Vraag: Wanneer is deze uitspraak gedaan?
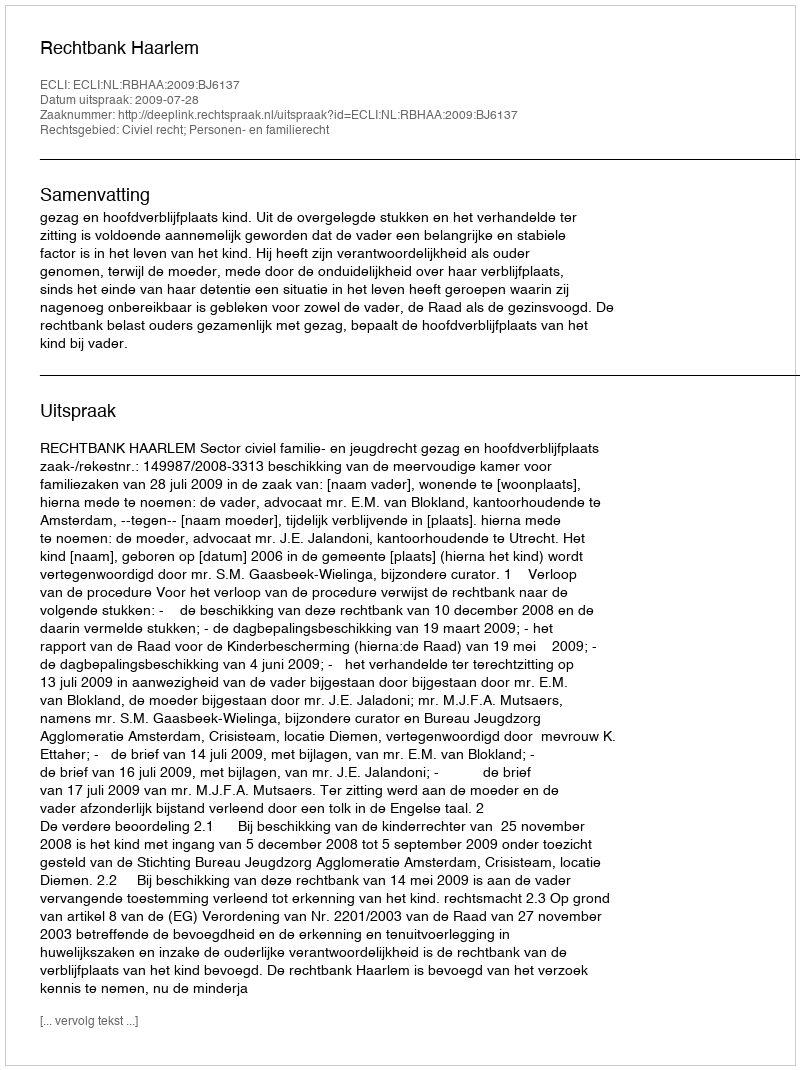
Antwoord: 2009-07-28